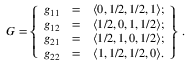
{ \cal G } = \left\{ \begin{array} { c c c } { g _ { 1 1 } } & { = } & { \langle 0 , 1 / 2 , 1 / 2 , 1 \rangle ; } \\ { g _ { 1 2 } } & { = } & { \langle 1 / 2 , 0 , 1 , 1 / 2 \rangle ; } \\ { g _ { 2 1 } } & { = } & { \langle 1 / 2 , 1 , 0 , 1 / 2 \rangle ; } \\ { g _ { 2 2 } } & { = } & { \langle 1 , 1 / 2 , 1 / 2 , 0 \rangle . } \end{array} \right\} \, .